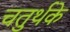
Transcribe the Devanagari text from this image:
चतुर्थके